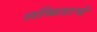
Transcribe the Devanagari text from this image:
लळिताचे